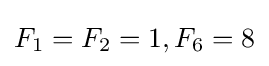
F_{1}=F_{2}=1,F_{6}=8